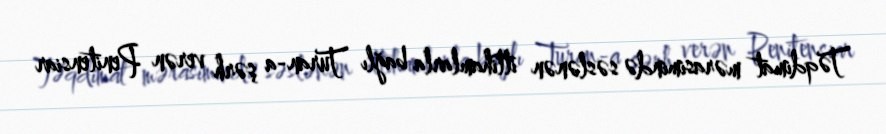
Təqdimat mərasimində səslənən ittihamlarla bağlı Turan-a şərh verən Penitensiar